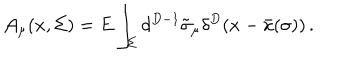
LaTeX: { \cal A } _ { \mu } ( x , \Sigma ) = E \int _ { \Sigma } d ^ { D - 1 } \tilde { \sigma } _ { \mu } \delta ^ { D } ( x - \bar { x } ( \sigma ) ) \, .